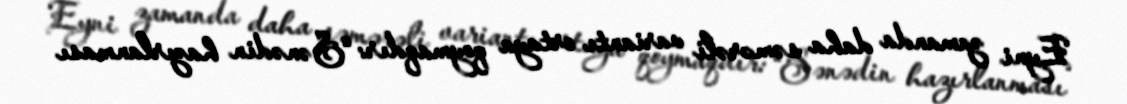
Eyni zamanda daha səmərəli variantı ortaya qoymaqdır: “Sənədin hazırlanması